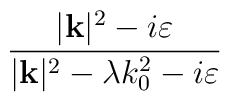
\frac{|\mathbf{k}|^{2}-i\varepsilon }{|\mathbf{k}|^{2}-\lambda k_{0}^{2}-i\varepsilon }